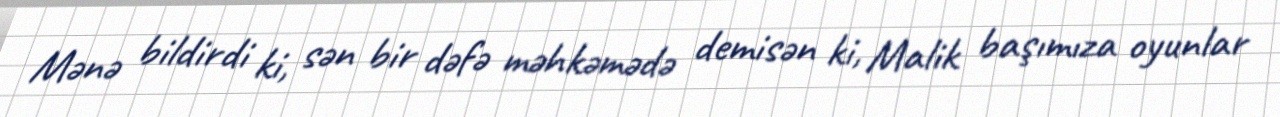
Mənə bildirdi ki, sən bir dəfə məhkəmədə demisən ki, Malik başımıza oyunlar